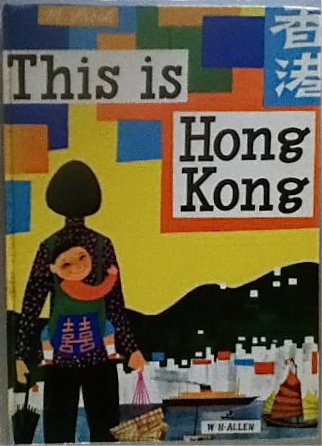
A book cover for This is Hong Kong; M. Sasek; Travel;